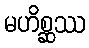
မဟိစ္ဆဿ